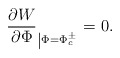
\begin{align*}\frac{\partial W}{\partial \Phi}_{\left|\Phi = \Phi_c ^\pm\right. } =0. \end{align*}